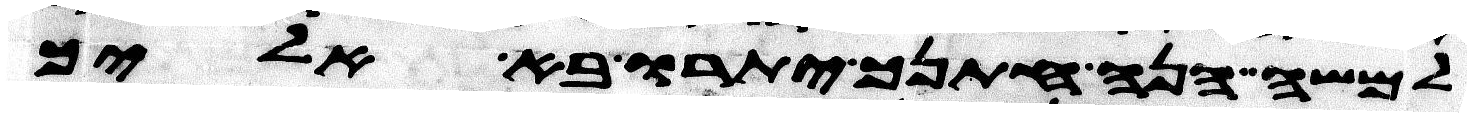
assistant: למשה הנה חתנך יתרו בא אליך